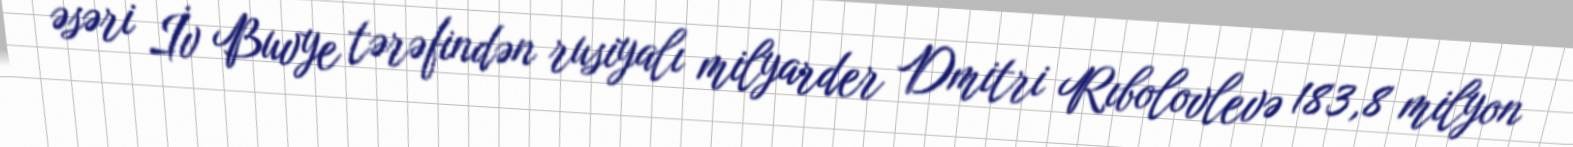
əsəri İv Buvye tərəfindən rusiyalı milyarder Dmitri Rıbolovlevə 183,8 milyon